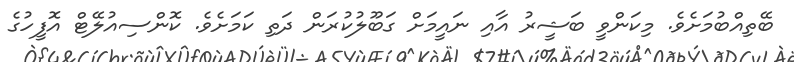
ބޭތިއްބުމަށެވެ. މިކަންވީ ބަޝީރު އާއި ނައީމަށް ގަބޫލުކުރަން ދަތި ކަމަށެވެ. ކޮންސިއުލޭޓް އޮފީހުގެ